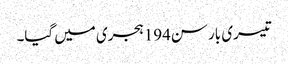
تیسری بار سن194ہجری میں گیا۔